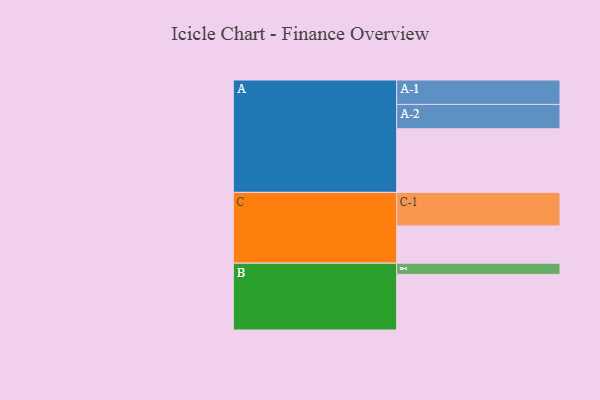
{"axis": {"x": "Segment", "y": "Value"}, "legend": ["", "A", "B", "C"], "data": [{"x": "A", "y": 557, "type": ""}, {"x": "B", "y": 487, "type": ""}, {"x": "C", "y": 326, "type": ""}, {"x": "A-1", "y": 214, "type": "A"}, {"x": "A-2", "y": 213, "type": "A"}, {"x": "B-1", "y": 98, "type": "B"}, {"x": "C-1", "y": 294, "type": "C"}]}